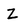
Character: Z